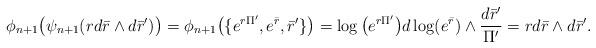
LaTeX: \begin{align*}\phi_{n+1}\big(\psi_{n+1}(rd\bar{r}\wedge d\bar{r}')\big)=\phi_{n+1}\big(\{e^{r\Pi'},e^{\bar{r}},\bar{r}'\}\big)= \log\big(e^{r\Pi'}\big)d\log(e^{\bar{r}})\wedge \frac{d\bar{r}'}{\Pi'}=rd\bar{r}\wedge d\bar{r}'.\end{align*}